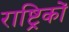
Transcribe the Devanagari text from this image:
राष्ट्रिकों